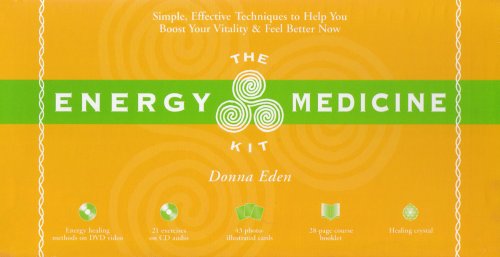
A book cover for The Energy Medicine Kit; Donna Eden; Health, Fitness & Dieting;